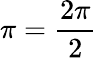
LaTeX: \pi=\frac{2\pi}{2}